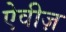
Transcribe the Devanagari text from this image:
ऐवीज़